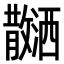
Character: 𪯝